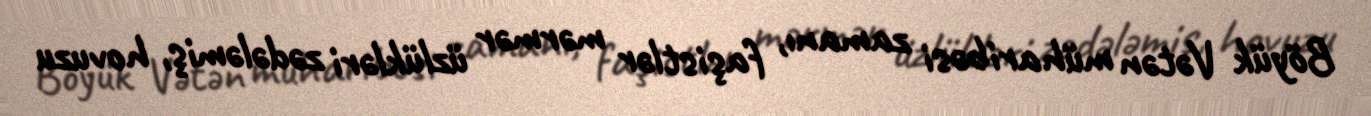
Böyük Vətən müharibəsi zamanı, faşistlər mərmər üzlükləri zədələmiş, hovuzu